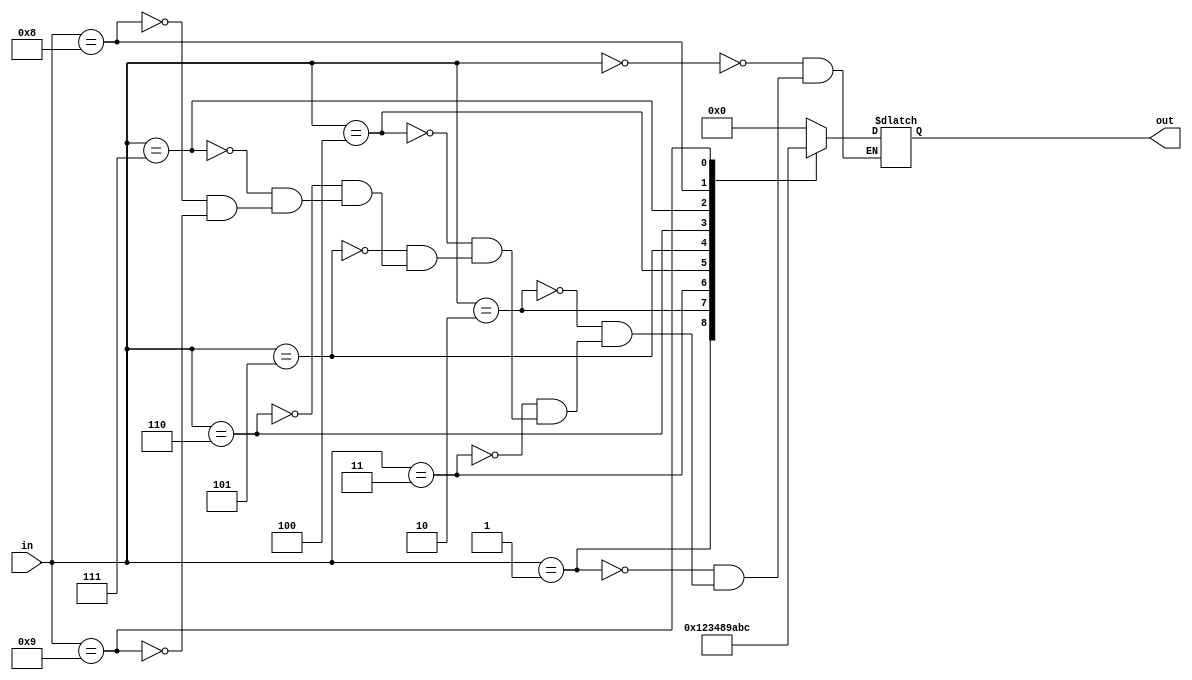
`timescale 1ns / 1ps
//////////////////////////////////////////////////////////////////////////////////
// Company: 
// Engineer: 
// 
// Design Name: 
// Module Name: Add3
// Project Name: ==
// Target Devices: 
// Tool Versions: 
// Description: 
// 
// Dependencies: 
// 
// Revision:
// Revision 0.01 - File Created
// Additional Comments:
// 
//////////////////////////////////////////////////////////////////////////////////


module AddThree(
    input [3:0] in,
    output reg[3:0] out
    );
    always @(in)
    case(in)
        4'b0000: out <= 4'b0000; 
        4'b0001: out <= 4'b0001;
        4'b0010: out <= 4'b0010; 
        4'b0011: out <= 4'b0011; 
        4'b0100: out <= 4'b0100; 
        4'b0101: out <= 4'b1000; 
        4'b0110: out <= 4'b1001; 
        4'b0111: out <= 4'b1010; 
        4'b1000: out <= 4'b1011; 
        4'b1001: out <= 4'b1100; 
    endcase
endmodule